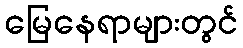
မြေနေရာများတွင်